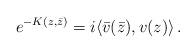
LaTeX: \begin{align*}e^{-K(z,\bar z)}=i\langle \bar v(\bar z), v(z) \rangle \,.\end{align*}